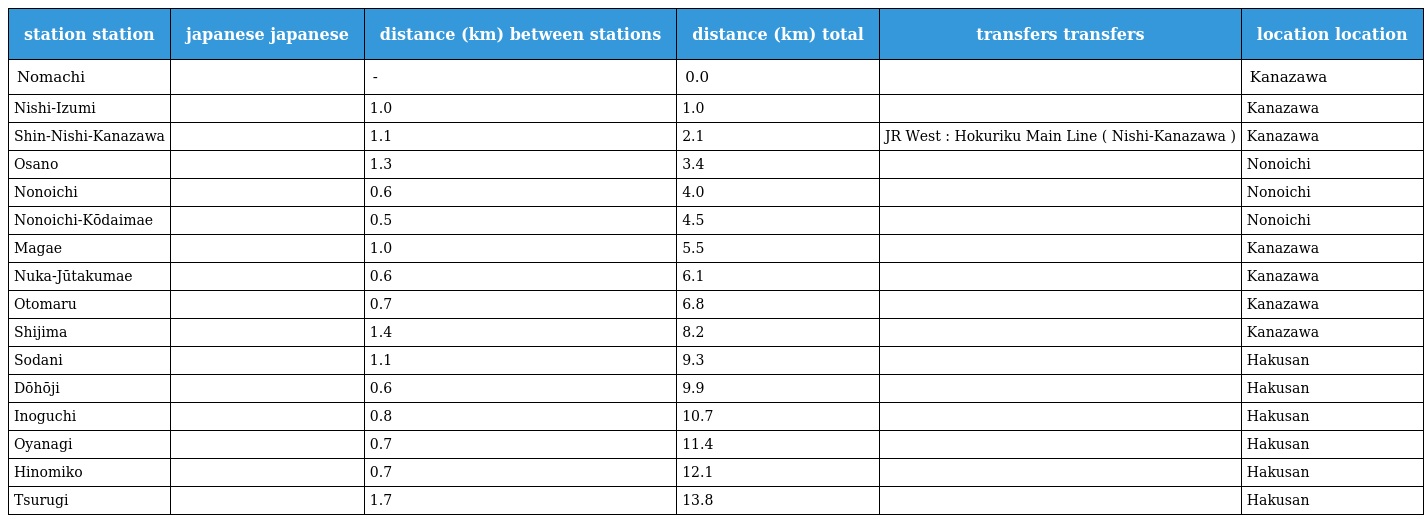
| station station | japanese japanese | distance (km) between stations | distance (km) total | transfers transfers | location location |
 | --- | --- | --- | --- | --- | --- |
 | Nomachi | 野町 | - | 0.0 |  | Kanazawa |
 | Nishi-Izumi | 西泉 | 1.0 | 1.0 |  | Kanazawa |
 | Shin-Nishi-Kanazawa | 新西金沢 | 1.1 | 2.1 | JR West : Hokuriku Main Line ( Nishi-Kanazawa ) | Kanazawa |
 | Osano | 押野 | 1.3 | 3.4 |  | Nonoichi |
 | Nonoichi | 野々市 | 0.6 | 4.0 |  | Nonoichi |
 | Nonoichi-Kōdaimae | 野々市工大前 | 0.5 | 4.5 |  | Nonoichi |
 | Magae | 馬替 | 1.0 | 5.5 |  | Kanazawa |
 | Nuka-Jūtakumae | 額住宅前 | 0.6 | 6.1 |  | Kanazawa |
 | Otomaru | 乙丸 | 0.7 | 6.8 |  | Kanazawa |
 | Shijima | 四十万 | 1.4 | 8.2 |  | Kanazawa |
 | Sodani | 曽谷 | 1.1 | 9.3 |  | Hakusan |
 | Dōhōji | 道法寺 | 0.6 | 9.9 |  | Hakusan |
 | Inoguchi | 井口 | 0.8 | 10.7 |  | Hakusan |
 | Oyanagi | 小柳 | 0.7 | 11.4 |  | Hakusan |
 | Hinomiko | 日御子 | 0.7 | 12.1 |  | Hakusan |
 | Tsurugi | 鶴来 | 1.7 | 13.8 |  | Hakusan |